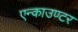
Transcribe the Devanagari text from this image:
एन्काउण्टर